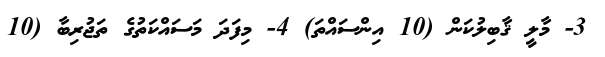
3- މާލީ ޤާބިލުކަން (10 އިންސައްތަ) 4- މިފަދަ މަސައްކަތުގެ ތަޖުރިބާ (10